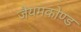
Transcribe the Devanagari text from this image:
जैयमकोण्ड